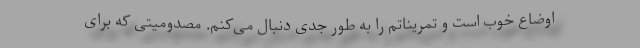
اوضاع خوب است و تمریناتم را به طور جدی دنبال می‌کنم. مصدومیتی که برای